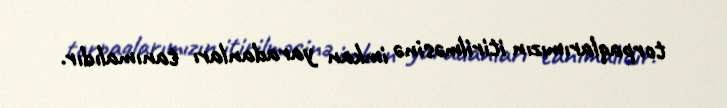
torpaqlarımızın itirilməsinə imkan yaradanları tanımalıdır.